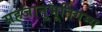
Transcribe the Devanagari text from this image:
सहजानुभूतिगम्य